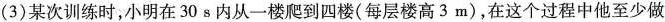
(3)某次训练时，小明在30s内从一楼爬到四楼(每层楼高3m)，在这个过程中他至少做